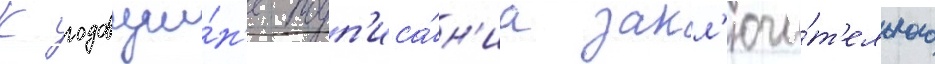
К годовщи́н'е подп'иса́н'иа закл'ючи́т'ельного